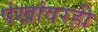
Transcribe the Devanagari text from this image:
पंखांवरही